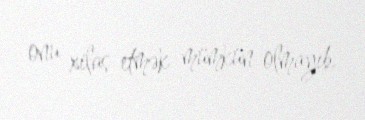
onu xilas etmək mümkün olmayıb.